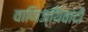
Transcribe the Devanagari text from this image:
वाणिज्यिवादी